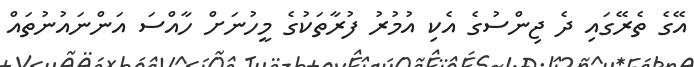
އޭގެ ތެރޭގައި ދެ ޖިންސުގެ އެކި އުމުރު ފުރާތަކުގެ މީހުނަށް ހާއްސަ އަންނައުނުތައް